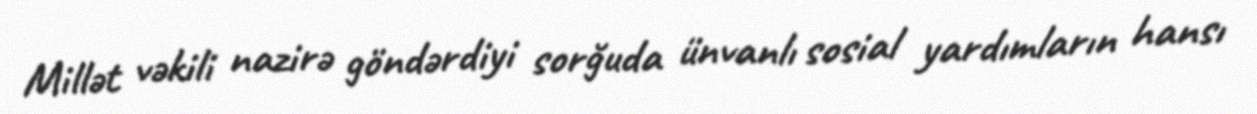
Millət vəkili nazirə göndərdiyi sorğuda ünvanlı sosial yardımların hansı